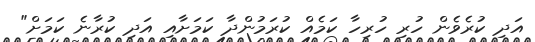
އަދި ކުރެވެން ހުރި ހުރިހާ ކަމެއް ކުރަމުންދާ ކަމަށާއި އަދި ކުރާނެ ކަމަށް"